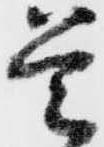
是